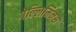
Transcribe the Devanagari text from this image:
गेल्‍लिमिनस